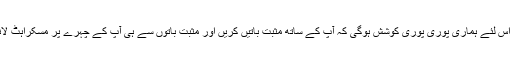
آج جمعہ مبارک ہے اس لئے ہماری پوری پوری کوشش ہوگی کہ آپ کے ساتھ مثبت باتیں کریں اور مثبت باتوں سے ہی آپ کے چہرے پر مسکراہٹ لانے کی کوشش کریں۔